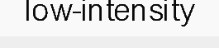
low-intensity